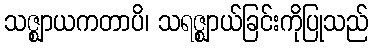
သဇ္ဈာယကတာပိ၊ သရဇ္ဈာယ်ခြင်းကိုပြုသည်